Indian journal of veterinary science and animal husbandry - Volumes 18-21, 1948-1951
Year: 1948
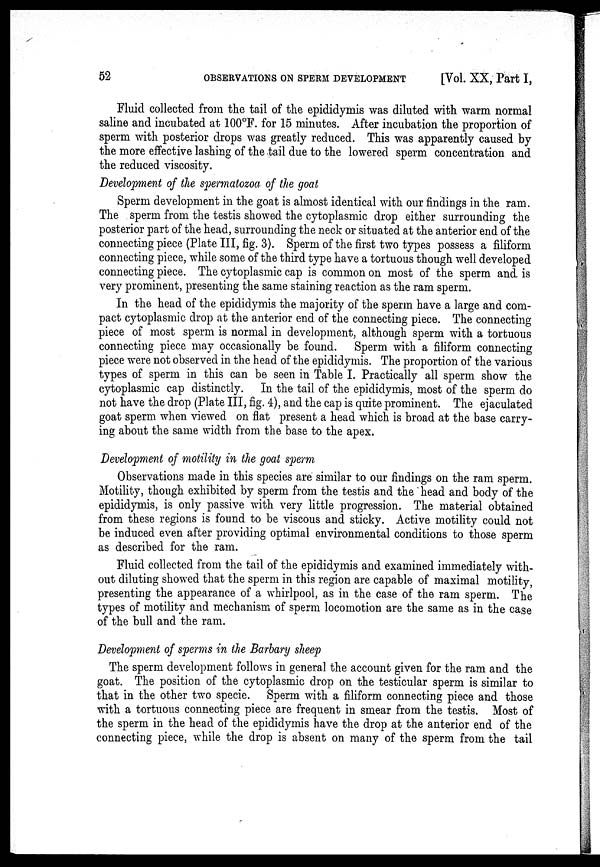
52
OBSERVATIONS ON SPERM DEVELOPMENT
[Vol. XX, Part I,
Fluid collected from the tail of the epididymis was diluted with warm normal
saline and incubated at 100°F. for 15 minutes. After incubation the proportion of
sperm with posterior drops was greatly reduced. This was apparently caused by
the more effective lashing of the tail due to the lowered sperm concentration and
the reduced viscosity.
Development of the spermatozoa of the goat
Sperm development in the goat is almost identical with our findings in the ram.
The sperm from the testis showed the cytoplasmic drop either surrounding the
posterior part of the head, surrounding the neck or situated at the anterior end of the
connecting piece (Plate III, fig. 3). Sperm of the first two types possess a filiform
connecting piece, while some of the third type have a tortuous though well developed
connecting piece. The cytoplasmic cap is common on most of the sperm and is
very prominent, presenting the same staining reaction as the ram sperm.
In the head of the epididymis the majority of the sperm have a large and com-
pact cytoplasmic drop at the anterior end of the connecting piece. The connecting
piece of most sperm is normal in development, although sperm with a tortuous
connecting piece may occasionally be found. Sperm with a filiform connecting
piece were not observed in the head of the epididymis. The proportion of the various
types of sperm in this can be seen in Table I. Practically all sperm show the
cytoplasmic cap distinctly. In the tail of the epididymis, most of the sperm do
not have the drop (Plate III, fig. 4), and the cap is quite prominent. The ejaculated
goat sperm when viewed on flat present a head which is broad at the base carry-
ing about the same width from the base to the apex.
Development of motility in the goat sperm
Observations made in this species are similar to our findings on the ram sperm.
Motility, though exhibited by sperm from the testis and the head and body of the
epididymis, is only passive with very little progression. The material obtained
from these regions is found to be viscous and sticky. Active motility could not
be induced even after providing optimal environmental conditions to those sperm
as described for the ram.
Fluid collected from the tail of the epididymis and examined immediately with-
out diluting showed that the sperm in this region are capable of maximal motility,
presenting the appearance of a whirlpool, as in the case of the ram sperm. The
types of motility and mechanism of sperm locomotion are the same as in the case
of the bull and the ram.
Development of sperms in the Barbary sheep
The sperm development follows in general the account given for the ram and the
goat. The position of the cytoplasmic drop on the testicular sperm is similar to
that in the other two specie. Sperm with a filiform connecting piece and those
with a tortuous connecting piece are frequent in smear from the testis. Most of
the sperm in the head of the epididymis have the drop at the anterior end of the
connecting piece, while the drop is absent on many of the sperm from the tail